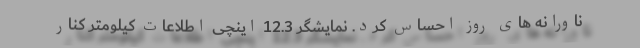
ناورانه های روز احساس کرد. نمایشگر 12.3 اینچی اطلاعات کیلومتر کنار